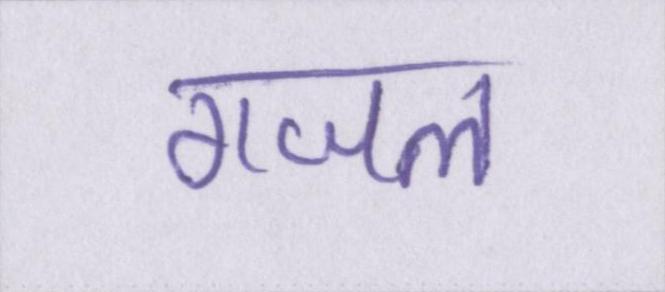
गजल